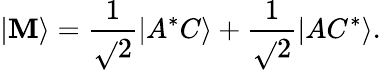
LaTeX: \left|\mathbf{M}\right\rangle=\frac{{1}}{{\sqrt{}{{2}}}}\left|A^{*}C\right\rangle+\frac{{1}}{{\sqrt{}{{2}}}}\left|AC^{*}\right\rangle.